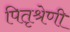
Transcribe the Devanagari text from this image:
पितृश्रेणी